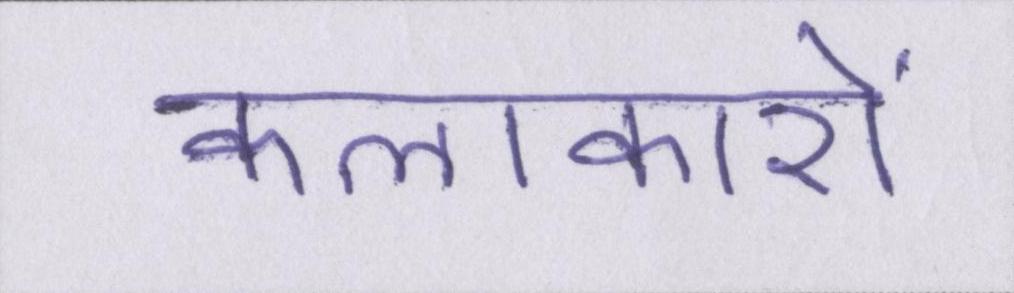
कलाकारों